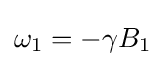
\omega _{1}=-\gamma B_{1}